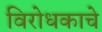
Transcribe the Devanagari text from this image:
विरोधकाचे